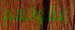
عقولهم